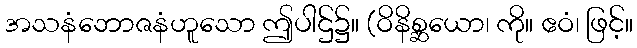
အသနံဘောဇနံဟူသော ဤပါဌ်၌။ (ဝိနိစ္ဆယော၊ ကို။ ဧဝံ၊ ဖြင့်။